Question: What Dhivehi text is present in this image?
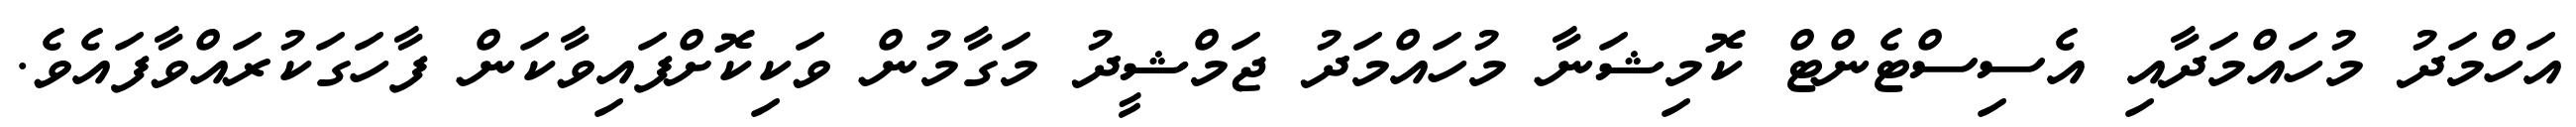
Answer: އަހްމަދު މުހައްމަދާއި އެސިސްޓެންޓް ކޮމިޝަނާ މުހައްމަދު ޖަމްޝީދު މަގާމުން ވަކިކޮށްފައިވާކަން ފާހަގަކުރައްވާފައެވެ.